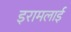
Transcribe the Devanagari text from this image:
इरामलाई